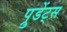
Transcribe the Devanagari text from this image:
प्रुडेंट्स